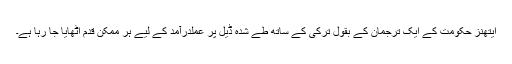
ايتھنز حکومت کے ايک ترجمان کے بقول ترکی کے ساتھ طے شدہ ڈيل پر عملدرآمد کے ليے ہر ممکن قدم اٹھايا جا رہا ہے۔